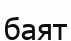
баят